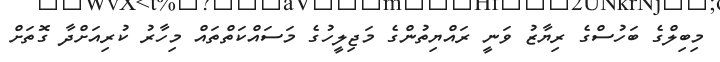
މިބިލްގެ ބަހުސްގެ ރިޔާޒު ވަނީ ރައްޔިތުންގެ މަޖިލީހުގެ މަސައްކަތްތައް މިހާރު ކުރިއަށްދާ ގޮތަށް